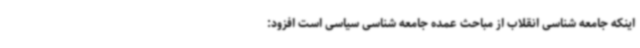
اینکه جامعه شناسی انقلاب از مباحث عمده جامعه شناسی سیاسی است افزود: